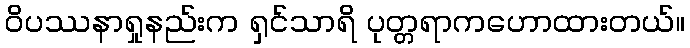
ဝိပဿနာရှုနည်းက ရှင်သာရိ ပုတ္တရာကဟောထားတယ်။